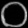
Digit: ၀